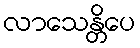
လာသေန္တိပေ